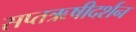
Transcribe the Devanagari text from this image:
सप्तऋषीदर्शन